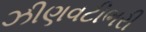
ઝીણવટીભરી